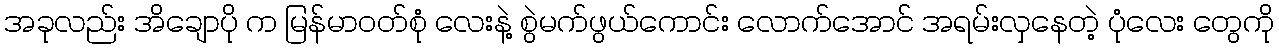
အခုလည်း အိချောပို က မြန်မာဝတ်စုံ လေးနဲ့ စွဲမက်ဖွယ်ကောင်း လောက်အောင် အရမ်းလှနေတဲ့ ပုံလေး တွေကို